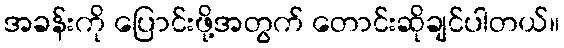
အခန်းကို ပြောင်းဖို့အတွက် တောင်းဆိုချင်ပါတယ်။